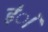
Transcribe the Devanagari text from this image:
हंै।